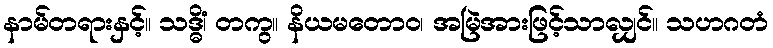
နာမ်တရားနှင့်။ သဒ္ဓိံ၊ တကွ။ နိယမတောဝ၊ အမြဲအားဖြင့်သာလျှင်။ သဟဂတံ